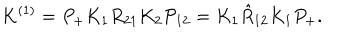
LaTeX: K ^ { ( 1 ) } = P _ { + } K _ { 1 } R _ { 2 1 } K _ { 2 } { \cal P } _ { 1 2 } = K _ { 1 } \hat { R } _ { 1 2 } K _ { 1 } P _ { + } .